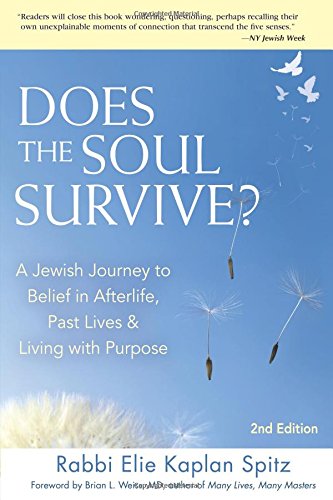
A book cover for Does the Soul Survive?: A Jewish Journey to Belief in Afterlife,  Past Lives & Living with Purpose; Rabbi Elie Kaplan Spitz; Religion & Spirituality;